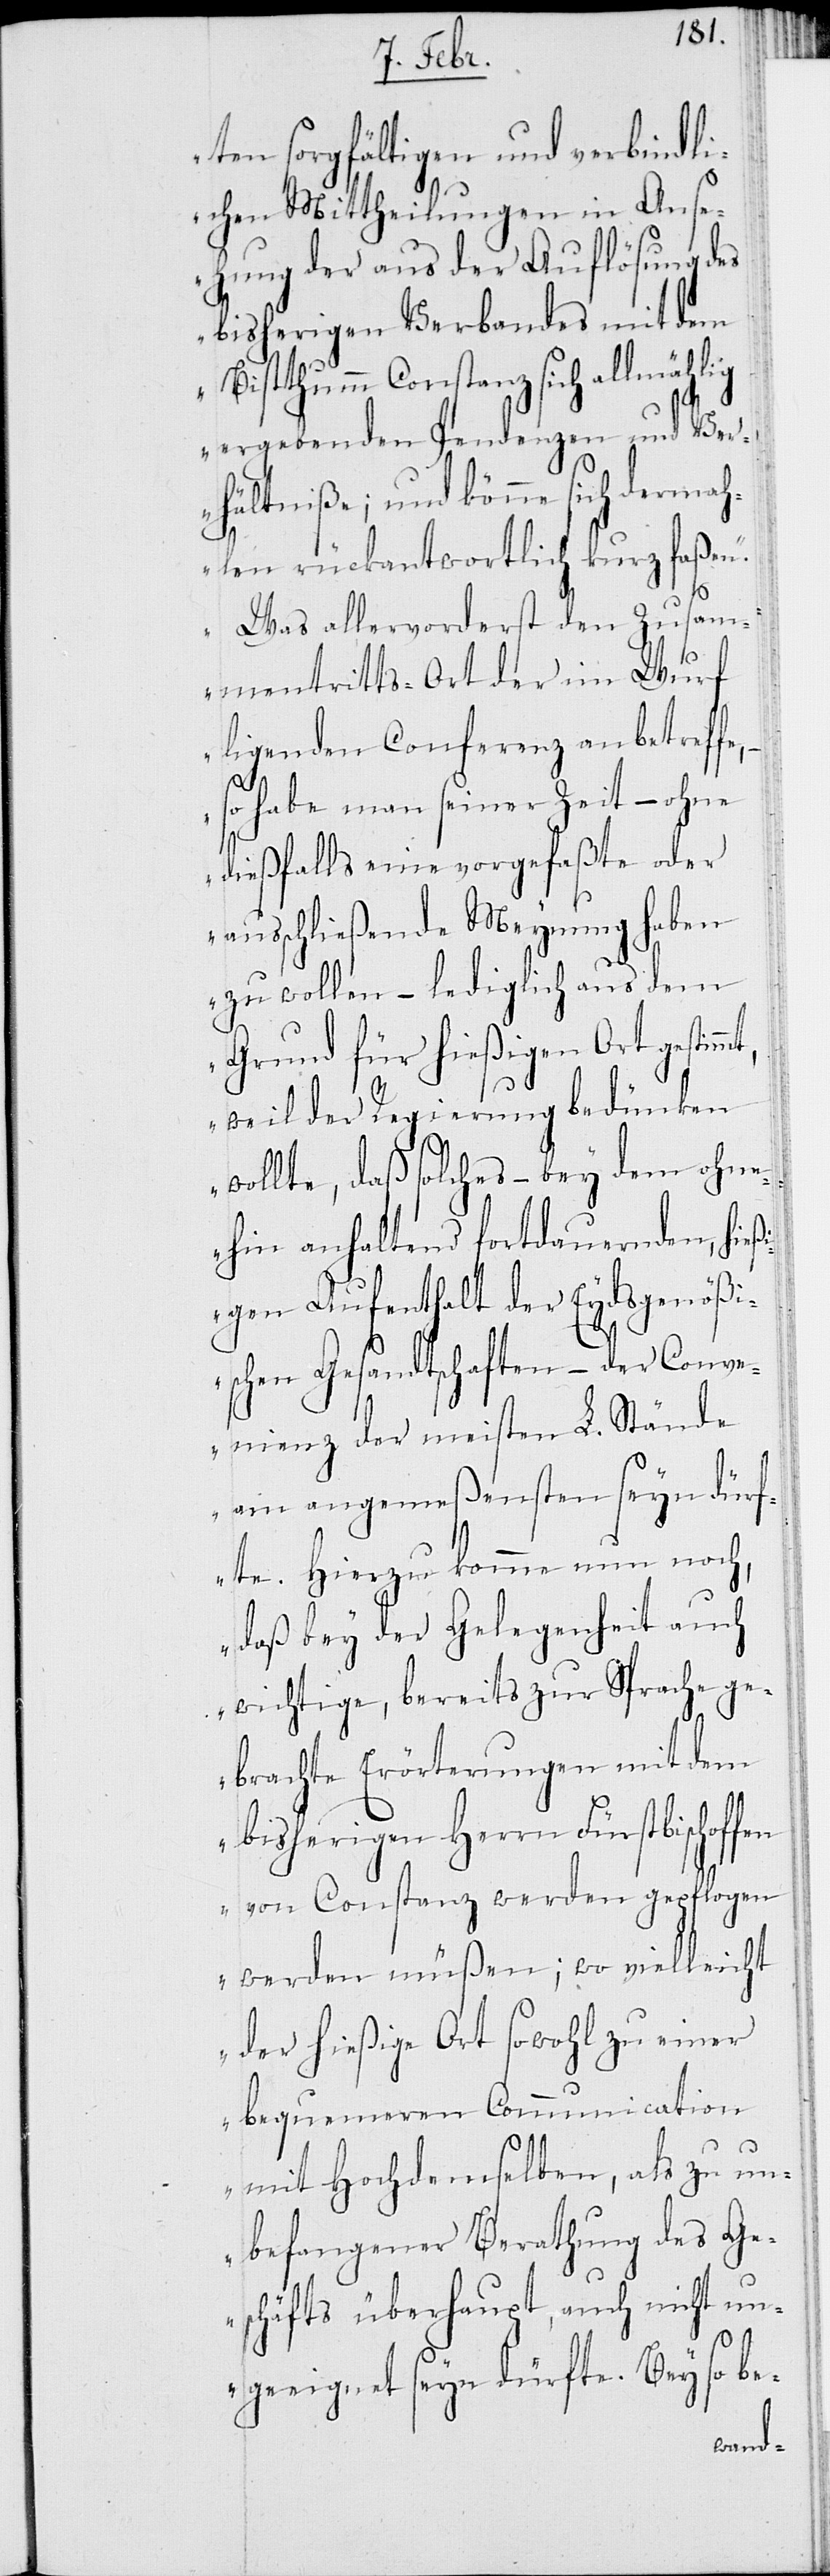
ten sorgfältigen und verbindli¬
chen Mittheilungen in Anse¬
hung der aus der Auflösung des
bisherigen Verbandes mit dem
Bistthumm Constanz sich allmäh¬
ergebenden Pendenzen und Ver¬
hältniße; und könne sich dermah¬
len rückantwortlich kurz faßen.
Was allervorderst den Zusam¬
mentritts-Ort der im Wurf
liegenden Conferenz anbetreffe,
mt,
so habe man seiner Zeit – ohne
dießfalls eine vorgefaßte oder
ausschließende Meynung haben
zu wollen – lediglich aus dem
Grund für hießigen Ort gestim¬
weil der Regierung bedünken
wollte, daß solches – bey dem ohne¬
hin anhaltend fortdauernden, hieß¬
igen Aufenthalt der Eydsgenößi¬
schen Gesandtschaften – der Conve¬
nienz der meisten L. Stände
am angemeßensten seyn dürf¬
te. Hinzu komme nun noch,
daß bey der Gelegenheit auch
wichtige, bereits zur Sprache ge¬
brachte Erörterungen mit dem
bisherigen Herrn Fürstbischoff¬
en von Constanz werden gepflogen
werden müßen; wo vielleicht
der hießige Ort sowohl zu einer
bequemeren Communication
mit Hochdemselben, als zu un¬
befangener Berathung des Ge¬
schäfts überhaupt, auch nicht un¬
geeignet seyn dürfte. Bey so be-